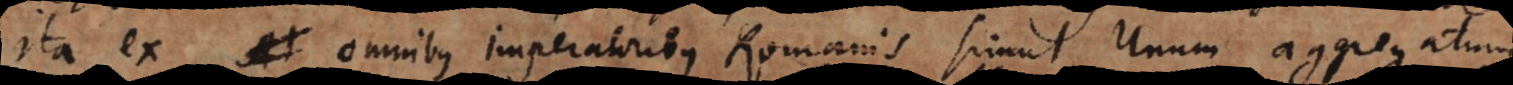
Ita ex omnibus imperatoribus Romanis simul Unum aggregatum